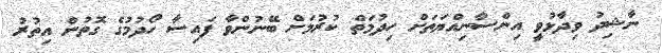
ނާޝިދު ވިދާޅުވީ އިންސާނިއްޔަތަށް ހިދުމަތް ކުރުމަށް ބޭނުންވާ ފައިސާ ހޯދުމުގެ ގޮތުން އިތުރު